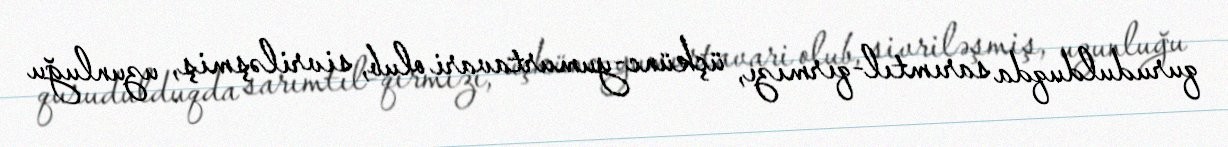
qurudulduqda sarımtıl-qırmızı, üçkünc-yumurtavari olub, sivriləşmiş, uzunluğu